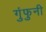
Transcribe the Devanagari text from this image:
गुंफुनी